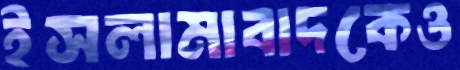
ইসলামাবাদকেও